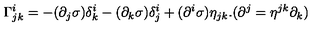
\Gamma _ { j k } ^ { i } = - ( \partial _ { j } \sigma ) \delta _ { k } ^ { i } - ( \partial _ { k } \sigma ) \delta _ { j } ^ { i } + ( \partial ^ { i } \sigma ) \eta _ { j k } . ( \partial ^ { j } = \eta ^ { j k } \partial _ { k } )